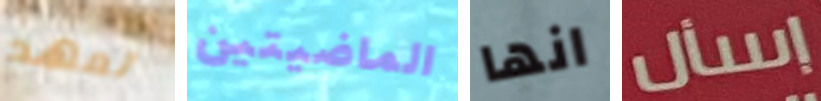
تعهد الماضيتين انها إسأل